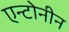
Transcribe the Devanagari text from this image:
एन्टोनीन